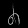
Digit: ၈